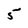
Character: 5